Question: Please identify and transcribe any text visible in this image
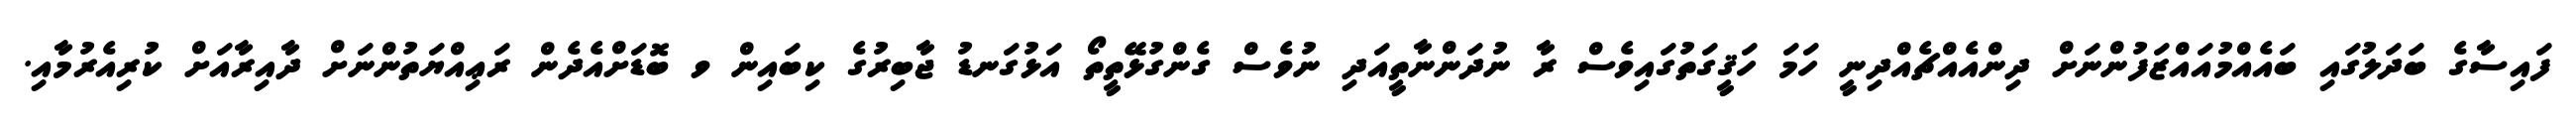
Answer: ފައިސާގެ ބަދަލުގައި ބައެއްމުއައްޒަފުންނަށް ދިންއެއްޗެއްދިނީ ހަމަ ހަޤީގަތުގައިވެސް ރާ ނުދަންނާތީއަދި ނުވެސް ގެންގުޅޭތީތޯ އަޅުގަނޑު ޖާބިރުގެ ކިބައިން ވ ބޮޑަށްއެދެން ރަޢިއްޔަތުންނަށް ދާއިރާއަށް ކުރިއެރުމާއި.